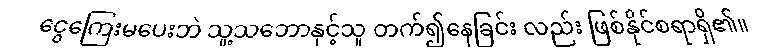
ငွေကြေးမပေးဘဲ သူ့သဘောနှင့်သူ တက်၍နေခြင်း လည်း ဖြစ်နိုင်စရာရှိ၏။